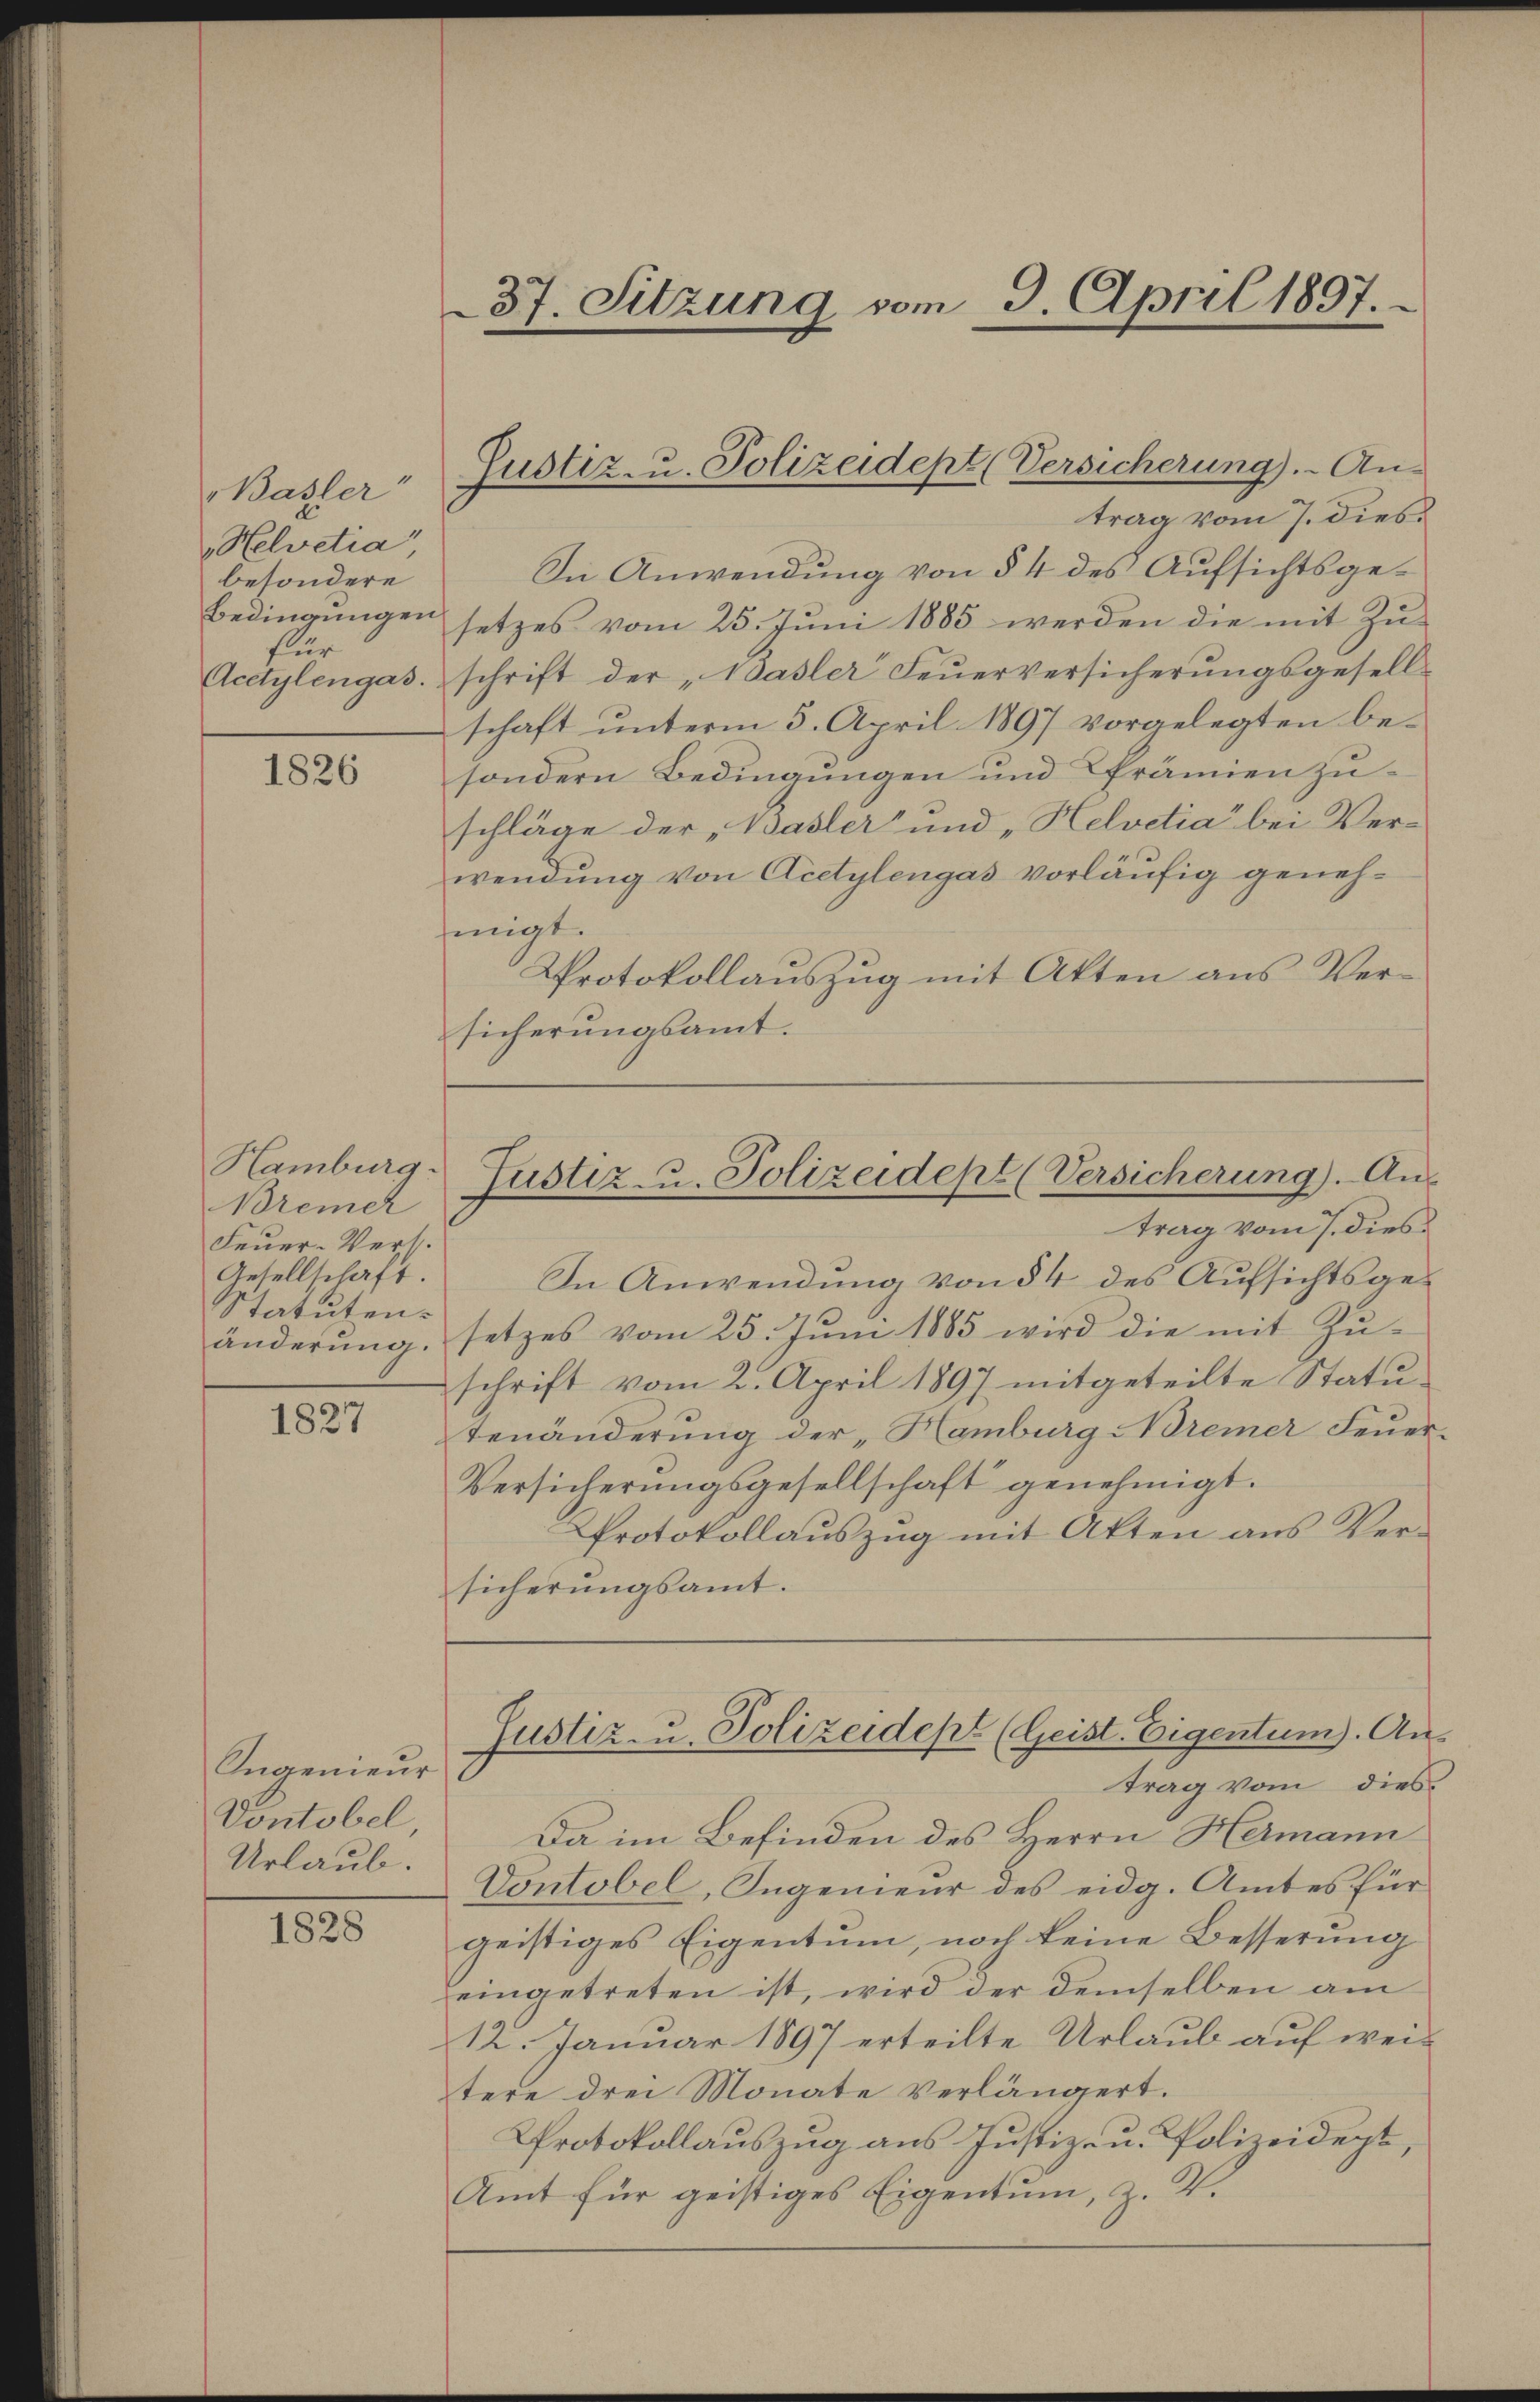
37. Sitzung vom 3. April 1897.

Justiz- u. Polizeidept (Versicherung). An-

trag vom 7. dies
In Anwendung von § 4 des Aufsichtsgesetzes vom 25. Juni 1885 werden die mit Zu-
schrift der „Basler Feŭerversicherungsgesell-
schaft unterm 5. April 1897 vorgelegten besondern Bedingungen und Prämien zuschläge der „Basler und „Helodia“ bei Verwendung von Acetylengas vorläufig genehmigt.
Protokollauszug mit Akten aus Versicherungsamt.

Basler
d
Helvetia
besondere
Bedingungen
für
Acetylengas.

1826

Justiz- u. Polizeidept (Versicherung). Ans

Hamburg.
Bremer
Feuer-Vers.
Gesellschaft.
Statuten.

trag vom 7. dies
In Anwendung von § 4 des Aufsichtsgeänderŭng, setzes vom 25. Jŭni 1885 wird die mit Zŭ-
schrift vom 2. April 1897 mitgeteilte Statutenänderung der „Hamburg Bremer Feuer¬
Versicherungsgesellschaft genehmigt.
Protokollauszug mit Akten aus Versicherŭngsamt.

1827

Justiz- u. Polizeidept (Geist. Eigentum). Aus
trag vom dies

Da im Befinden des Herrn Hermann
Vontobel, Ingenieur des eidg. Amtes für
geistiges Eigentum, noch keine Besserung
eingetreten ist, wird der demselben am
12. Januar 1897 erteilte Urlaub auf weitere drei Monate verlängert.
Protokollauszug aus Justiz- u. Polizeidigt,
Amt für geistiges Eigentum, z. Z.

Ingenieur
Vontobel
Urlaub.

1828